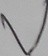
Text: V